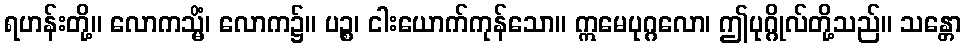
ရဟန်းတို့။ လောကသ္မိံ၊ လောက၌။ ပဉ္စ၊ ငါးယောက်ကုန်သော။ ဣမေပုဂ္ဂလော၊ ဤပုဂ္ဂိုလ်တို့သည်။ သန္တော